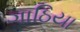
ગાઠિયા